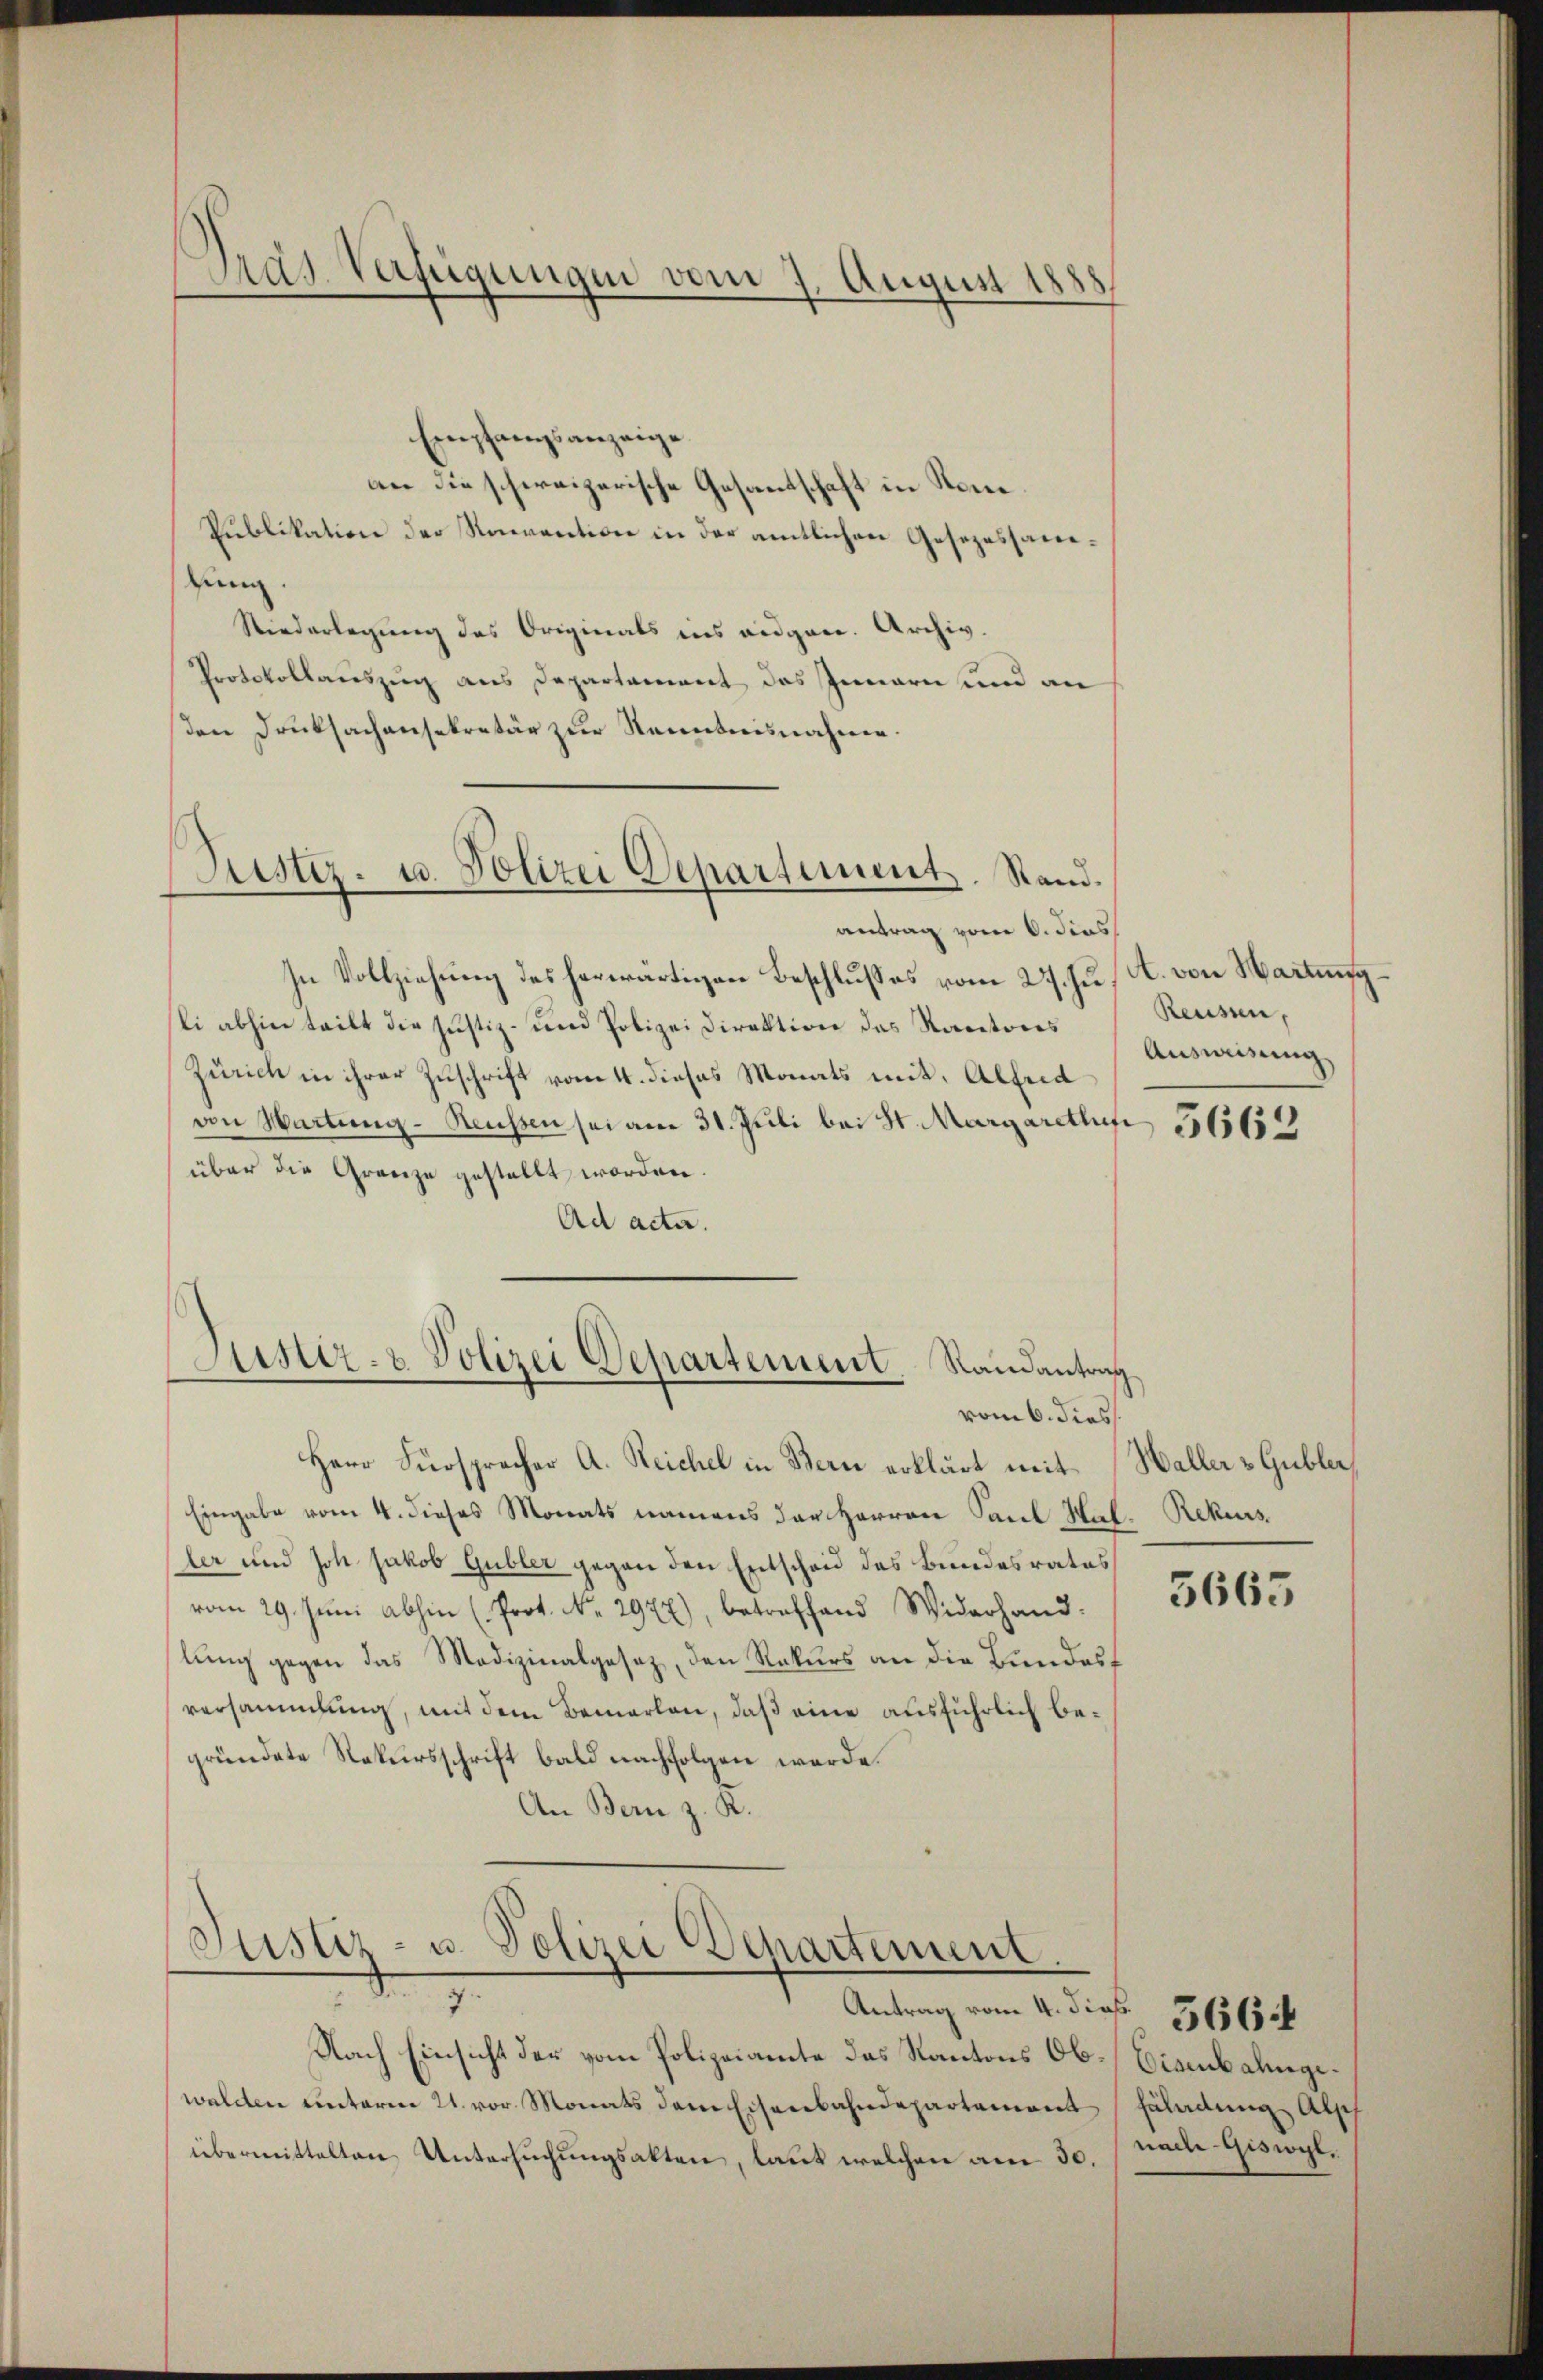
Pras-Verfügungen vom 7. August 1888

Empfangsanzeige
an die schweizerische Gesandschaft in Som¬
Publikation der Revention in der amtlichen Gesezessamun
Niederlegung des Originals ins eidgen. Archiv.
Protokollauszug aus Departament des Innern und an
den Drucksachensekretär zur Kenntnisnahme.
Frister- u. Polizei Departement. Stand.
antrag vom 6. dies
In Vollziehung des herwärtigen Beschlusses vom 27. Juli abhin teilt die Justiz- und Polizei Direktion das Kantons
Zürich in ihrer Zuschrift vom 4. dieses Monats mit, Alleid
von Hartung - Reussen sei am 31. Juli bei St. Margarethun 111654
über die Grenze gestellt worden.
Ad acta

Stisiez- & Polizei Departement. Randantrag

vom 6. diess.
Herr Fürspracher A. Reichel in Bern erklärt mit Haller & Gubler
Eingabe vom 4. dieses Monats namens der Herren Paul Hal. Rekurs
ler und Joh Jakob Gubler gegen den Entscheid des Bundesrates
vom 29. Juni abhin (Prot. No. 2977), betreffend Widerhandlung gegen das Medizinalgesez, den Rekurs an die Bundesf
versammlung, mit dem Bemerken, daß eine ausführlich begründete Rekursschrift bald nachfolgen werde.
An Bern z. R.

Justiz- u. Polizei Departement
e

Antrag vom 4. dies. 1565
Nach Einsicht der vom Polizeiamte das Kantons Ob-Eisenbahngewalden unterm 21. vor Monats dem Eisenbahndepartement
übermittelten Untersuchungsakten, laut welchen am 30.

(A. von Hartung
Reussen,
Ausweisung

3665

fändung als
nach Giswyl,